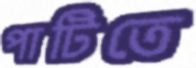
পাটিতে